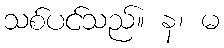
သစ်ပင်သည်။ န၊ မ